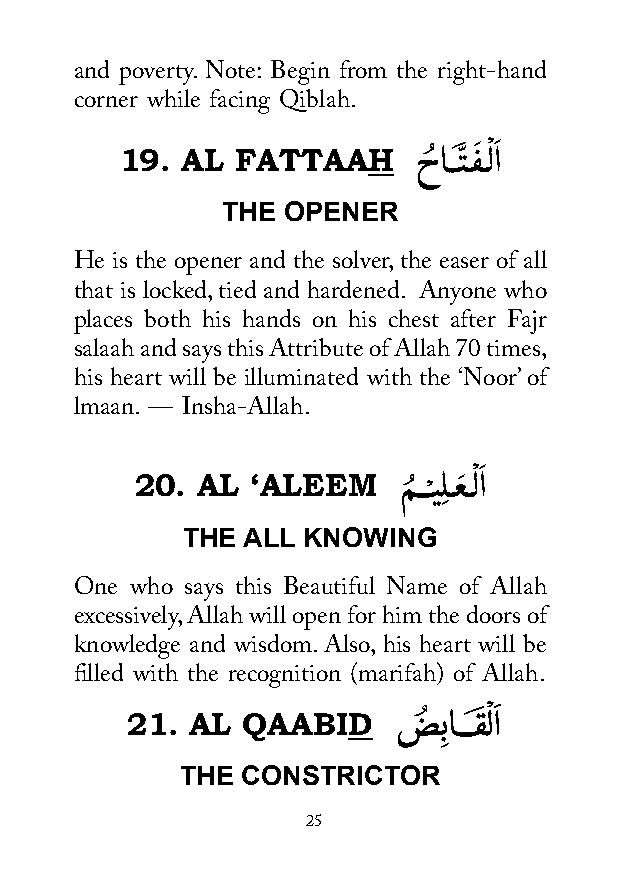
and poverty. Note: Begin from the right-hand
 corner while facing Qiblah.
 19. AL  FATTAAH     حُ اــتَّ ـفَ ـْ لاَ
 THE OPENER
 He is the opener and the solver, the easer of all
 that is locked, tied and hardened. Anyone who
 places both his hands on his chest after Fajr
 salaah and says this Attribute of Allah 70 times,
 his heart will be illuminated with the ‘Noor’ of
 lmaan. — Insha-Allah.
 ْ َ
 20. AL  ‘ALEEM    مُ ــ ْـيِلـعَ ـلا
 THE ALL KNOWING
 One who says this Beautiful Name of Allah
 excessively, Allah will open for him the doors of
 knowledge and wisdom. Also, his heart will be
 filled with the recognition (marifah) of Allah.
 21.  AL QAABID    ضُ ِباـــقَ ْ لاَ
 THE CONSTRICTOR
 25